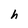
Character: h